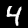
Label: 4